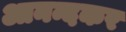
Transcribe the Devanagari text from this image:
आनन्दकर